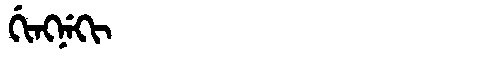
Manchu: ᡤᡳᠩᠨᡝᡴᡳ
Romanization: GINGNEKI